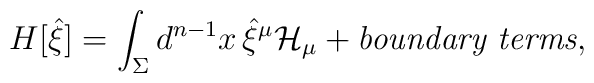
H[{\hat\xi}] = \int_\Sigma d^{n-1}x\, {\hat\xi}^\mu{\cal H}_\mu +\hbox{\em boundary terms} ,